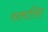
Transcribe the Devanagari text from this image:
वनमालिन्